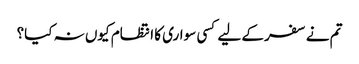
تم نے سفر کے لیے کسی سواری کا انتظام کیوں نہ کیا؟